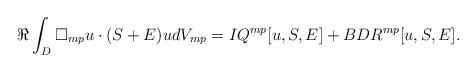
LaTeX: \begin{align*} \Re \int_D \Box_{mp} u \cdot(S+E) u dV_{mp} = IQ^{mp}[u,S,E] + BDR^{mp}[u,S,E]. \end{align*}